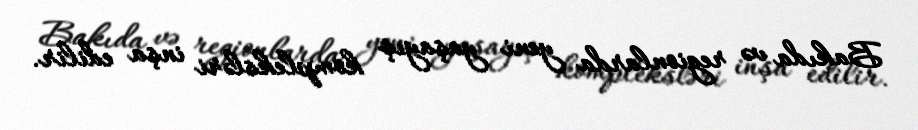
Bakıda və regionlarda yeni yaşayış kompleksləri inşa edilir.